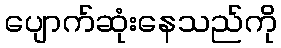
ပျောက်ဆုံးနေသည်ကို